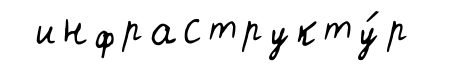
инфраструкту́р